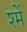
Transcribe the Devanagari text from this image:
श्में